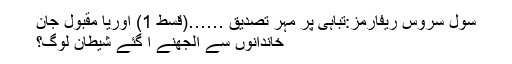
سول سروس ریفارمز:تباہی پر مہر تصدیق ……(قسط 1) اوریا مقبول جان
خاندانوں سے الجھنے آ گئے شیطان لوگ؟